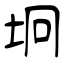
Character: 坰